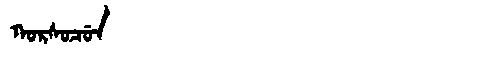
Manchu: ᡴᠣᡵᠰᠣᠴᡠᠨ
Romanization: KORSOCUN